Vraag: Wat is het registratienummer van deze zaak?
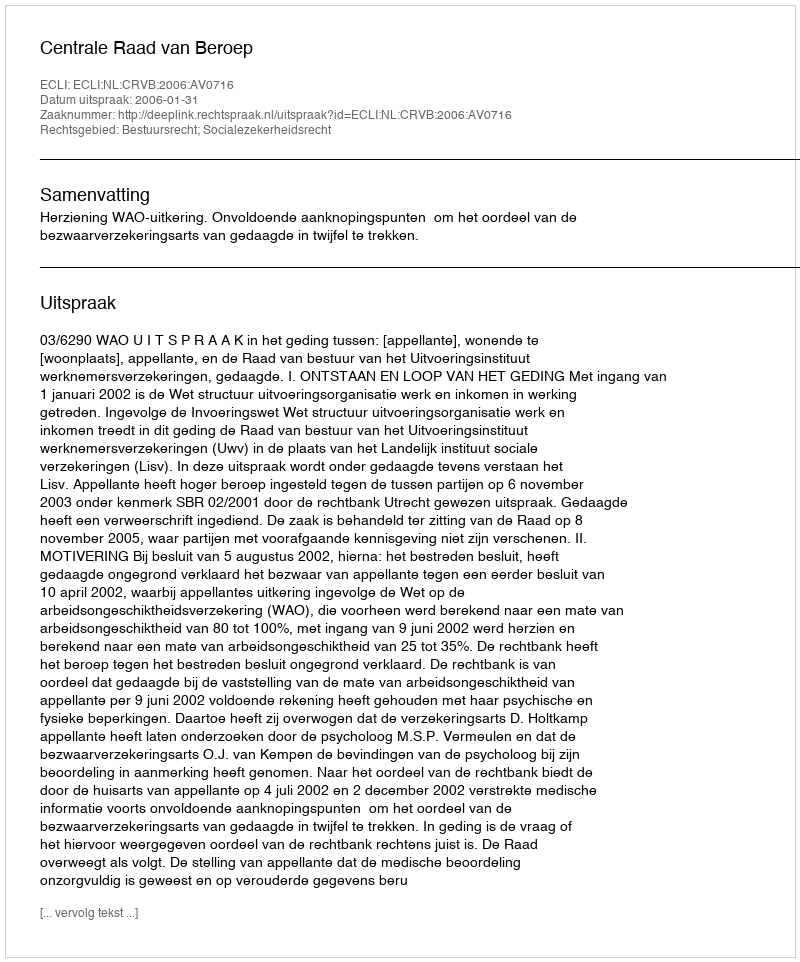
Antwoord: http://deeplink.rechtspraak.nl/uitspraak?id=ECLI:NL:CRVB:2006:AV0716